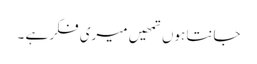
جانتا ہوں تمھیں میری فکر ہے ۔